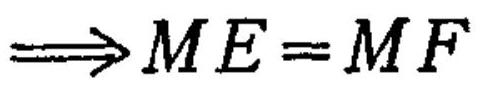
\(\Longrightarrow ME = MF\)